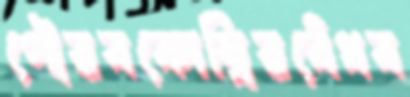
গৌরবকোম্বিরবেঁধব